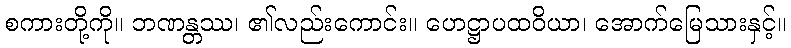
စကားတို့ကို။ ဘဏန္တဿ၊ ၏လည်းကောင်း။ ဟေဋ္ဌာပထဝိယာ၊ အောက်မြေသားနှင့်။